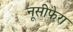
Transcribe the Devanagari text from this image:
नूसीफेरा